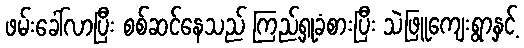
ဖမ်းခေါ်လာပြီး စစ်ဆင်နေသည် ကြည့်ရှုခံစားပြီး သဲဖြူကျေးရွာနှင့်